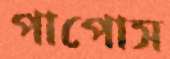
পাপোস